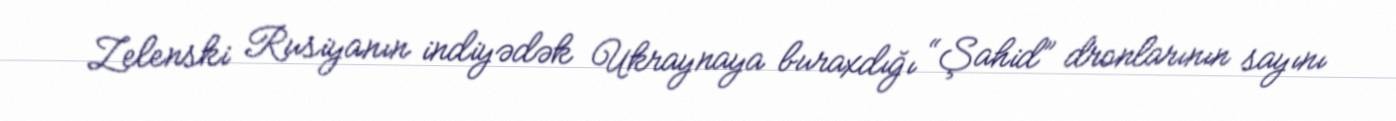
Zelenski Rusiyanın indiyədək Ukraynaya buraxdığı “Şahid” dronlarının sayını